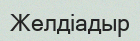
Желдіадыр